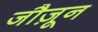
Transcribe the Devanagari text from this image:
जौज़ून